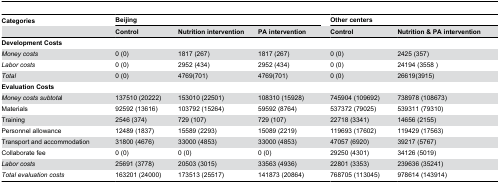
<table><thead><tr><td><b>Categories </b></td><td colspan="3"><b>Beijing</b></td><td></td><td colspan="2"><b>Other centers</b></td></tr><tr><td></td><td><b>Control</b></td><td><b>Nutrition intervention</b></td><td><b>PA intervention</b></td><td></td><td><b>Control</b></td><td><b>Nutrition &amp; PA intervention</b></td></tr></thead><tbody><tr><td><b>Development Costs</b></td><td></td><td></td><td></td><td></td><td></td><td></td></tr><tr><td><i>Money costs</i></td><td>0 (0)</td><td>1817 (267)</td><td>1817 (267)</td><td></td><td>0 (0)</td><td>2425 (357)</td></tr><tr><td><i>Labor costs</i></td><td>0 (0)</td><td>2952 (434)</td><td>2952 (434)</td><td></td><td>0 (0)</td><td>24194 (3558 )</td></tr><tr><td><i>Total</i></td><td>0 (0)</td><td>4769(701)</td><td>4769(701)</td><td></td><td>0 (0) </td><td>26619(3915)</td></tr><tr><td><b>Evaluation Costs</b></td><td></td><td></td><td></td><td></td><td></td><td></td></tr><tr><td><i>Money costs subtota</i>l </td><td>137510 (20222)</td><td>153010 (22501)</td><td>108310 (15928)</td><td></td><td>745904 (109692)</td><td>738978 (108673)</td></tr><tr><td> Materials</td><td>92592 (13616)</td><td>103792 (15264)</td><td>59592 (8764)</td><td></td><td>537372 (79025)</td><td>539311 (79310)</td></tr><tr><td> Training</td><td>2546 (374)</td><td>729 (107)</td><td>729 (107)</td><td></td><td>22718 (3341)</td><td>14656 (2155)</td></tr><tr><td> Personnel allowance</td><td>12489 (1837)</td><td>15589 (2293)</td><td>15089 (2219)</td><td></td><td>119693 (17602)</td><td>119429 (17563)</td></tr><tr><td> Transport and accommodation </td><td>31800 (4676)</td><td>33000 (4853)</td><td>33000 (4853)</td><td></td><td>47057 (6920)</td><td>39217 (5767)</td></tr><tr><td> Collaborate fee</td><td>0 (0)</td><td>0 (0)</td><td>0 (0)</td><td></td><td>29250 (4301)</td><td>34126 (5019)</td></tr><tr><td><i>Labor costs</i></td><td>25691 (3778)</td><td>20503 (3015)</td><td>33563 (4936)</td><td></td><td>22801 (3353)</td><td>239636 (35241)</td></tr><tr><td><i>Total evaluation costs</i></td><td>163201 (24000)</td><td>173513 (25517)</td><td>141873 (20864)</td><td></td><td>768705 (113045)</td><td>978614 (143914)</td></tr></tbody></table>